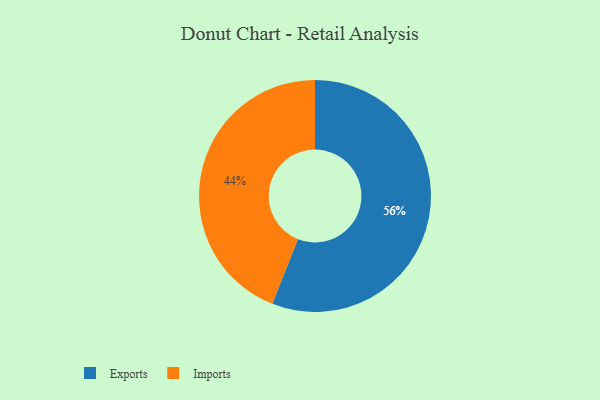
{"axis": {"x": "Category", "y": "Percentage"}, "legend": ["Exports", "Imports"], "data": [{"x": "Imports", "y": 44, "type": "Imports"}, {"x": "Exports", "y": 56, "type": "Exports"}]}